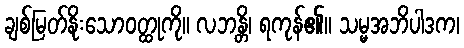
ချစ်မြတ်နိုးသောဝတ္ထုကို။ လဘန္တိ၊ ရကုန်၏။ သမ္မအဘိပါဒက၊